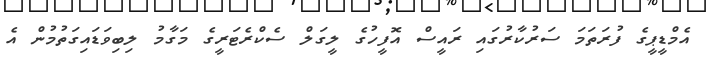
އެމްޑީޕީގެ ފުރަތަމަ ސަރުކާރުގައި ރައީސް އޮފީހުގެ ލީގަލް ސެކްރެޓަރީގެ މަގާމު ލިބިވަޑައިގަތުމުން އެ